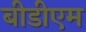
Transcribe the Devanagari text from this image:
बीडीएम